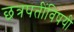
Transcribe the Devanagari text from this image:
छत्रपतींविषयी